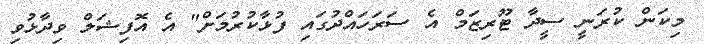
މިކަން ކުރަނީ ސީދާ ޓޫރިޒަމް އެ ސަރަހައްދުގައި ފުޅާކުރުމަށް" އެ އޮފިޝަލް ވިދާޅުވި